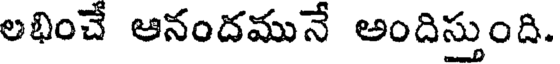
లభించే ఆనందమునే అందిస్తుంది.